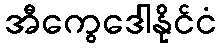
အီကွေဒေါနိုင်ငံ